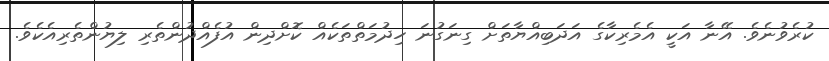
ކުރެވުނެވެ. އޭނާ އަކީ އެމެރިކާގެ އަދަބިއްޔާތަށް ގިނަގުނަ ހިދުމަތްތަކެއް ކޮށްދިން އުފެއްދުންތެރި ލިޔުންތެރިއެކެވެ.